Document type: Clause in a will
Year: 1320
Scribe: Francesc de Torre
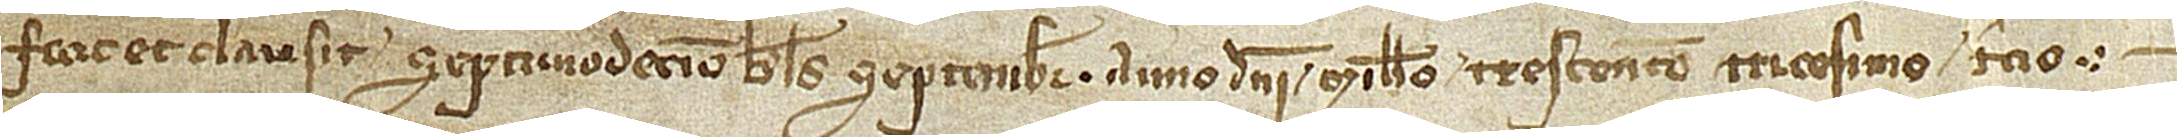
fecit et clausit septimodecimo kalendas septembris, anno Domini millesimo trescentesimo tricesimo tercio.